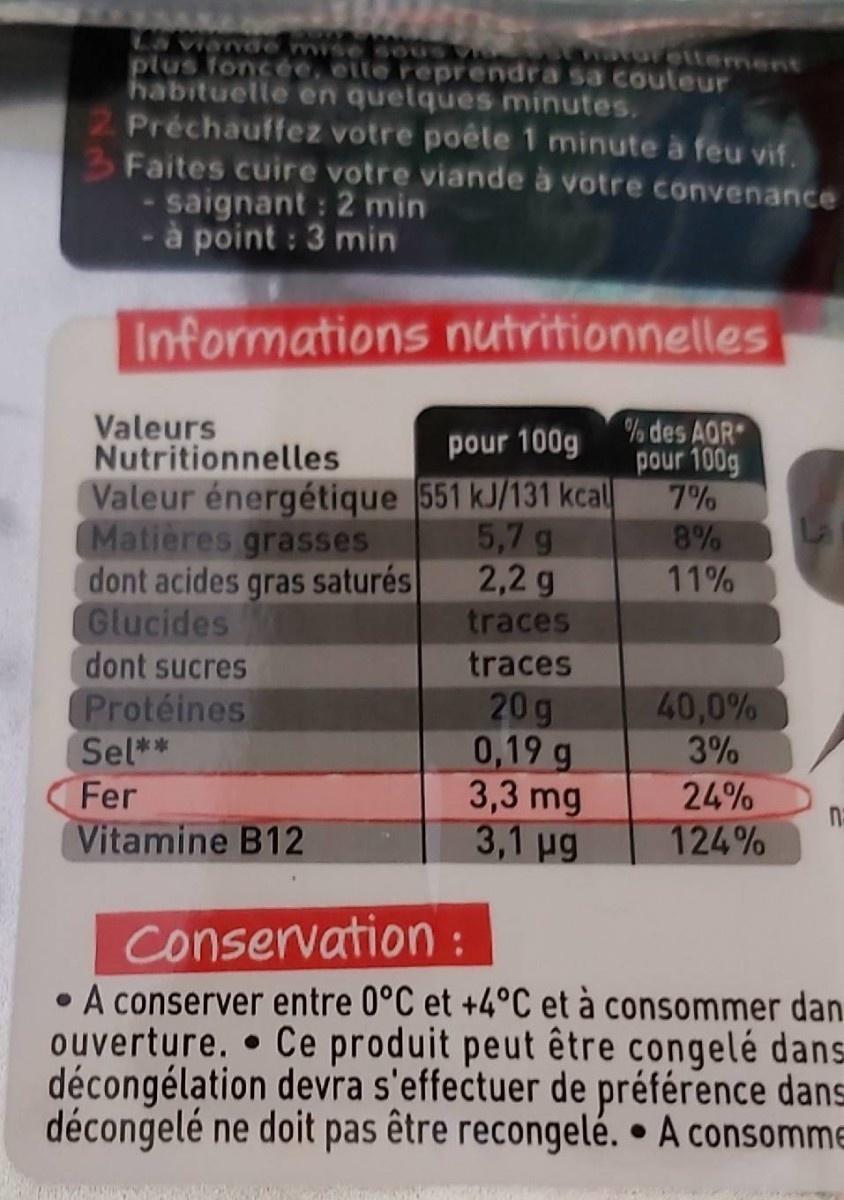
Viande mise sous plus foncée, eite reprendra sa couleur habituelle en quelques minutes. 2 Préchauffez votre poêle 1 minute à feu vif. 3 Faites cuire votre viande à votre convenance watoreltement - saignant : 2 min - à point : 3 min Informations nutritionnelles Valeurs Nutritionnelles % des AQR pour 100g pour 100g Valeur énergétique 551 kJ/131 kcal 5,7 g 2,2 g 7% Matières grasses dont acides gras saturés Glucides dont sucres 8% 11% traces traces 40,0% 20 g 0,19 g 3,3 mg 3,1 ug Protéines Sel** 3% Fer 24% Vitamine B12 124% Conservation: • A conserver entre 0°C et +4°C et à consommer dan ouverture. • Ce produit peut être congelé dans décongélation devra s'effectuer de préférence dans décongelé ne doit pas être recongelé. • A consomm